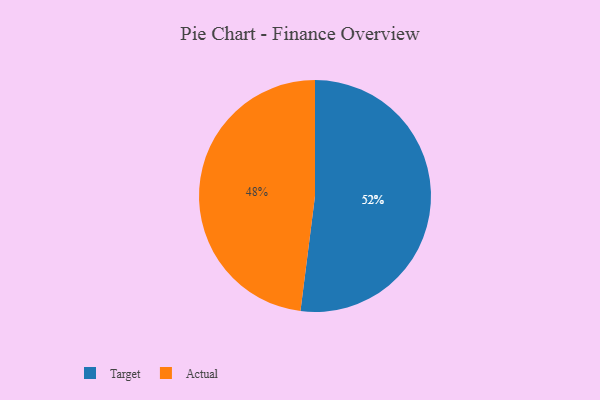
{"axis": {"x": "Category", "y": "Percentage"}, "legend": ["Actual", "Target"], "data": [{"x": "Target", "y": 52, "type": "Target"}, {"x": "Actual", "y": 48, "type": "Actual"}]}